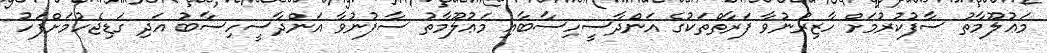
މަޢުލޫމާތު ސާފުކުރުމަށް ހާޒިރުނުވާ ފަރާތްތަކުގެ އަންދާސީހިސާބާއި މަޢުލޫމާތު ސާފުނުވާ އަންދާސީހިސާބު އަދި ގަޑިޖެހުމަށްފަހު